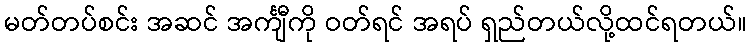
မတ်တပ်စင်း အဆင် အင်္ကျီကို ဝတ်ရင် အရပ် ရှည်တယ်လို့ထင်ရတယ်။